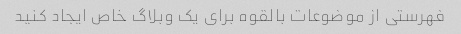
فهرستی از موضوعات بالقوه برای یک وبلاگ خاص ایجاد کنید